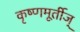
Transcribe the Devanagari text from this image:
कृष्णमूर्तीज्‌